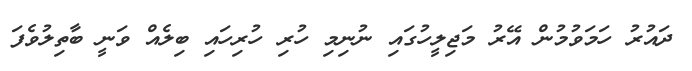
ދައުރު ހަމަވުމުން އޭރު މަޖިލީހުގައި ނުނިމި ހުރި ހުރިހައި ބިލެއް ވަނީ ބާތިލުވެފަ